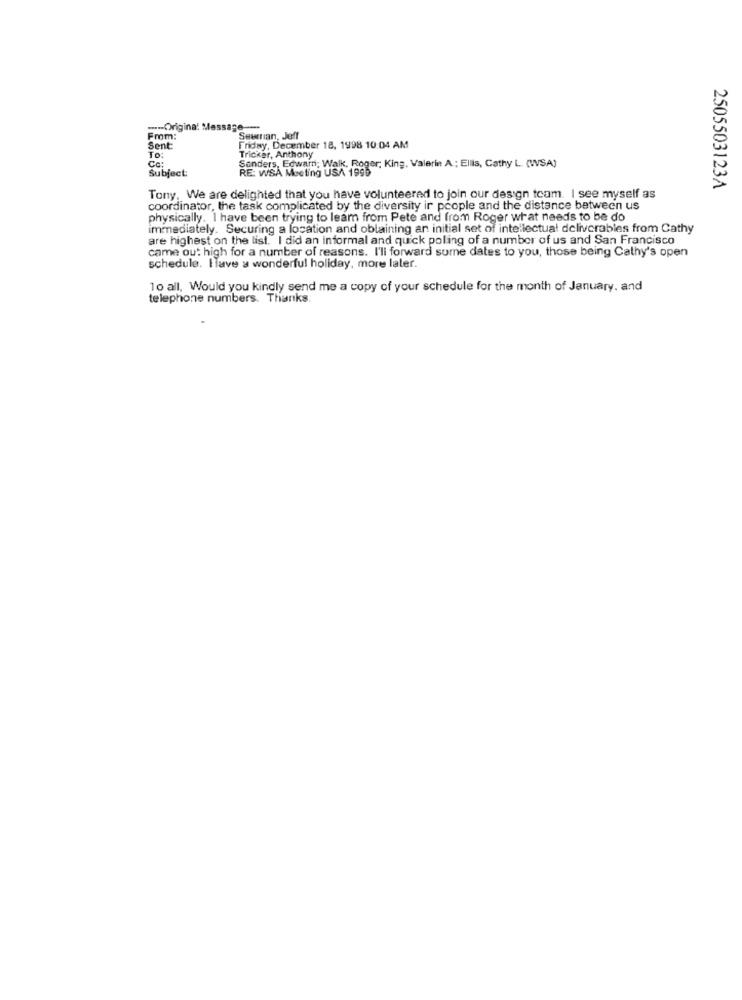
-- Original Message-
From:
Seumran, Joff
Sent:
TO
Friday, December 18, 1998 10:04 AM
Cc:
Trickar, Anthony
RE: WSÅ Meeting ten hag; King, Valerie A .: Ellis, Cathy L. (WSA)
Subject:
Sanders, Edwarn; Walk. Rop
2505503123A
Tony, We are delighted that you have volunteered to join our design team. I see myself as
coordinator, the task complicated by the diversity ir people and the distance between us
physically. I have been trying to leam from Pete and from Roger what needs to be do
immediately. Securing a location and oblaining an initial set of intellectual deliverables from Cathy
are highest on the list. I did an informal and quick polling of a number of us and San Francisco
came out high for a number of reasons. I'll forward sume dates to you, those being Cathy's open
schedule. Ilave a wonderful holiday, more later.
10 all, Would you kindly send me a copy of your schedule for the month of January, and
telephone numbers. Thanks.